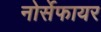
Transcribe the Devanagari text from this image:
नोर्सेफायर